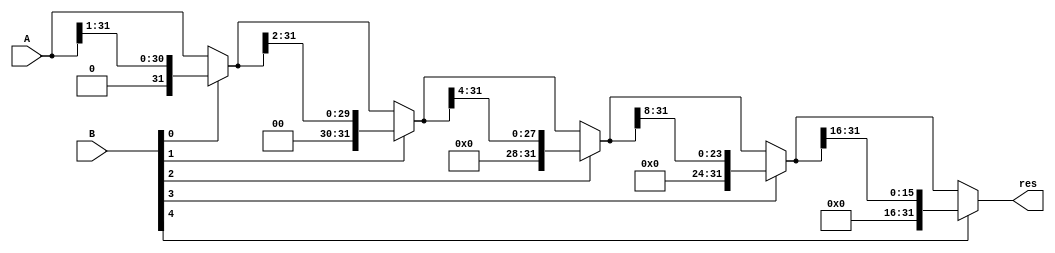
`timescale 1ns / 1ps

module srl32 (
	input [31:0] A,
	input [4:0] B,
	//output [31:0] temp,
	output  [31:0] res );
	reg [31:0] temp;
	always @ (A or B) begin
				temp = B[0] ? {1'b0, A[31:1]} : A;
             temp = B[1] ? {2'b0, temp[31:2]} : temp;
             temp = B[2] ? {4'b0, temp[31:4]} : temp;
             temp = B[3] ? {8'b0, temp[31:8]} : temp;
             temp = B[4] ? {16'b0, temp[31:16]} : temp;
	end
	//assign res = B[6] ? A >> 1 : A;
	assign res[31:0]=temp[31:0];
	
	
endmodule